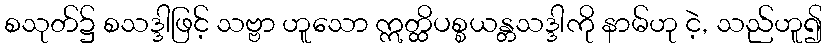
စသုတ်၌ စသဒ္ဒါဖြင့် သဗ္ဗာ ဟူသော ဣတ္ထိပစ္စယန္တသဒ္ဒါကို နာမ်ဟု ငဲ့, သည်ဟူ၍